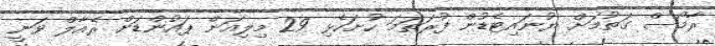
ރާމޯސް ގަތުމަށް ޔުނައިޓެޑުން ފުރަތަމަ ހުށަހެޅި 29 މިލިއަން ޕައުންޑަށް ރެއާލް ވަނީ